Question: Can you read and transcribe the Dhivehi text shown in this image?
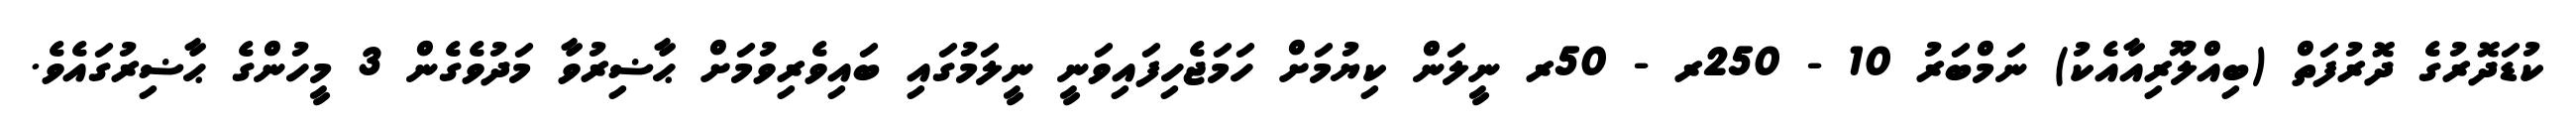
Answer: ކުޑަދޮރުގެ ދޮރުފަތް (ބިއްލޫރިއާއެކު) ނަމްބަރު 10 - 250ރ - 50ރ ނީލަން ކިޔުމަށް ހަމަޖެހިފައިވަނީ ނީލަމުގައި ބައިވެރިވުމަށް ޙާޟިރުވާ މަދުވެގެން 3 މީހުންގެ ޙާޟިރުގައެވެ.